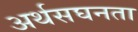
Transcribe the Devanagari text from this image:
अर्थसघनता